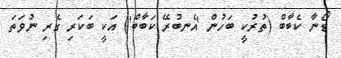
ޑޯނާ ކެބާބް (ތުރުކީ ބަހުން 'އެނބުރޭ ކަބާބް') އަކީ ބަކަރި ގެރި ނުވަތަ